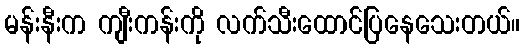
မန်းနီးက ကျီးကန်းကို လက်သီးထောင်ပြနေသေးတယ်။